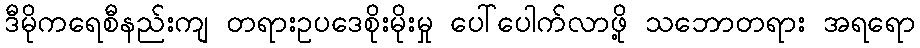
ဒီမိုကရေစီနည်းကျ တရားဥပဒေစိုးမိုးမှု ပေါ်ပေါက်လာဖို့ သဘောတရား အရရော